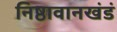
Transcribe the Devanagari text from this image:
निष्ठावानखंडं